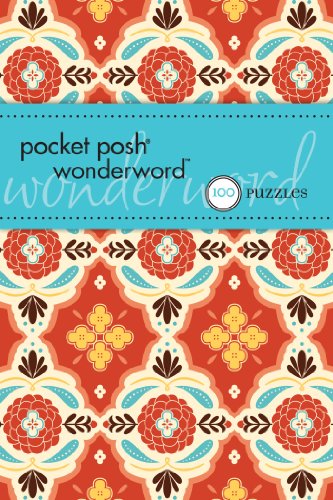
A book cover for Pocket Posh Wonderword: 100 Puzzles; The Puzzle Society; Humor & Entertainment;